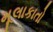
મૂલાકાતો